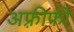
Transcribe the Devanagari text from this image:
अफ़्रीफी